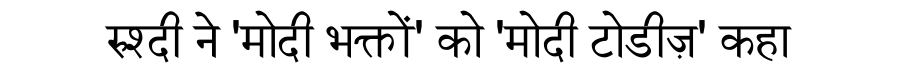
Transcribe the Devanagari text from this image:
रुश्दी ने 'मोदी भक्तों' को 'मोदी टोडीज़' कहा